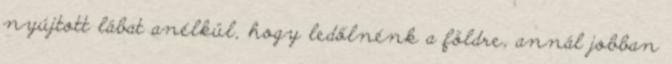
nyújtott lábat anélkül, hogy ledőlnénk a földre, annál jobban